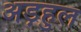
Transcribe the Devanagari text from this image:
अड़हुल